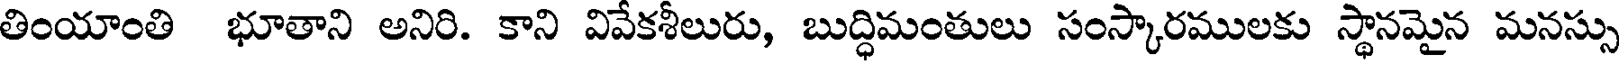
తింయాంతి భూతాని అనిరి. కాని వివేకశీలురు, బుద్ధిమంతులు సంస్కారములకు స్థానమైన మనస్సు